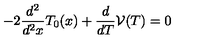
- 2 \frac { d ^ { 2 } } { d ^ { 2 } x } T _ { 0 } ( x ) + \frac { d } { d T } \mathcal { V } ( T ) = 0